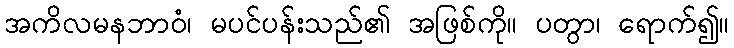
အကိလမနဘာဝံ၊ မပင်ပန်းသည်၏ အဖြစ်ကို။ ပတွာ၊ ရောက်၍။